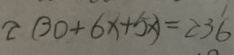
2 ( 3 0 + 6 x + 5 x ) = 2 3 6